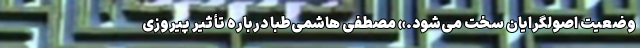
وضعیت اصولگرایان سخت می‌شود.» مصطفی هاشمی‌طبا درباره تأثیر پیروزی